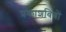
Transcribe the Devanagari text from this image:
प्रकाशबिंबों